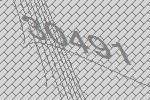
30491